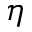
\eta